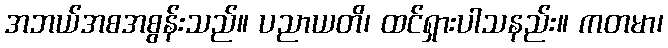
အဘယ်အစအစွန်းသည်။ ပညာယတိ၊ ထင်ရှားပါသနည်း။ ကတမာ၊